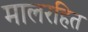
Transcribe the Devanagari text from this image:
मालरहित